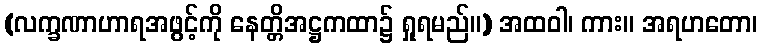
(လက္ခဏာဟာရအဖွင့်ကို နေတ္တိအဋ္ဌကထာ၌ ရှုရမည်။) အထဝါ၊ ကား။ အရဟတော၊